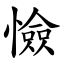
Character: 憸